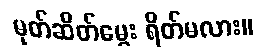
မုတ်ဆိတ်မွေး ရိတ်မလား။